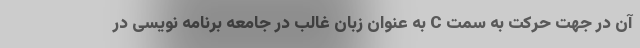
آن در جهت حرکت به سمت C به عنوان زبان غالب در جامعه برنامه نویسی در